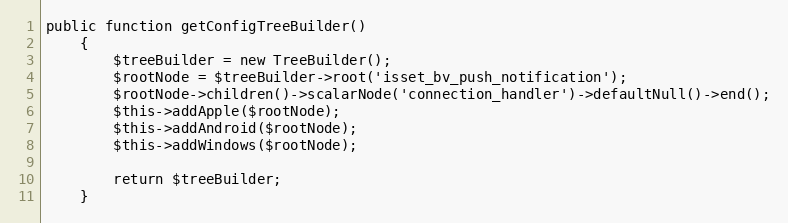
Language: PHP
public function getConfigTreeBuilder()
    {
        $treeBuilder = new TreeBuilder();
        $rootNode = $treeBuilder->root('isset_bv_push_notification');
        $rootNode->children()->scalarNode('connection_handler')->defaultNull()->end();
        $this->addApple($rootNode);
        $this->addAndroid($rootNode);
        $this->addWindows($rootNode);

        return $treeBuilder;
    }